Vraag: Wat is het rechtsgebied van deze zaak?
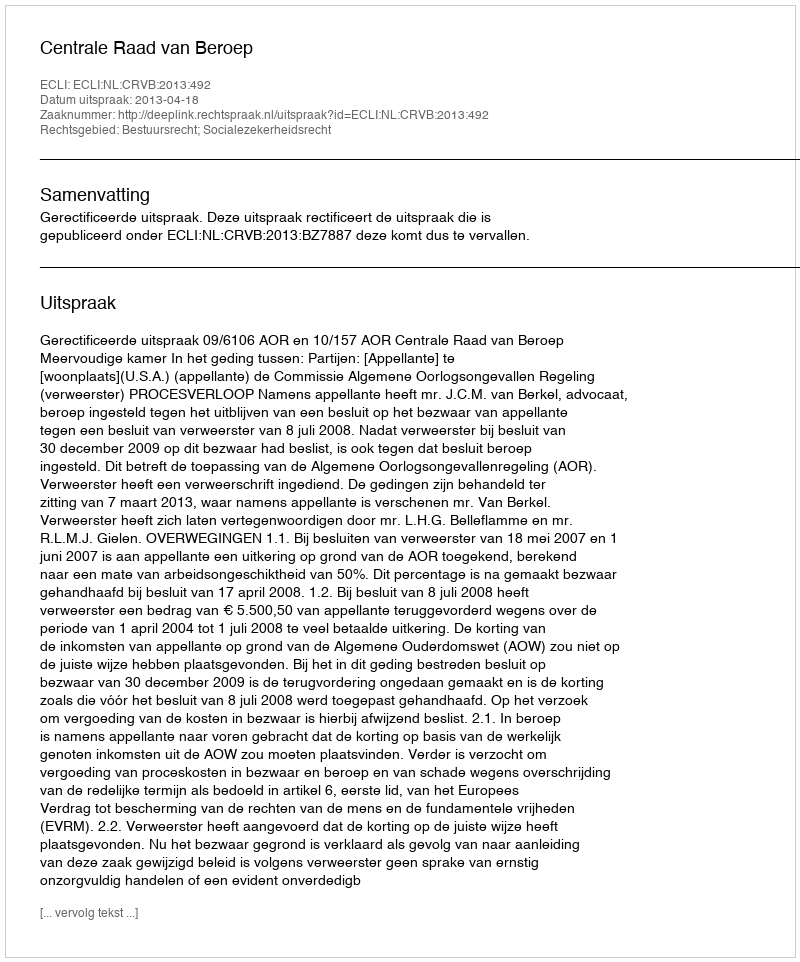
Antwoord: Bestuursrecht; Socialezekerheidsrecht